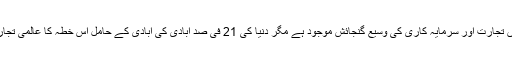
انہوں نے کہا کہ اگرچہ سارک میں تجارت اور سرمایہ کاری کی وسیع گنجائش موجود ہے مگر دنیا کی 21 فی صد آبادی کی آبادی کے حامل اس خطہ کا عالمی تجارت میں حصہ صرف 5 فیصد ہے۔